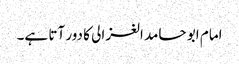
امام ابو حامد الغزالی کا دور آتا ہے۔